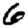
Digit: 6